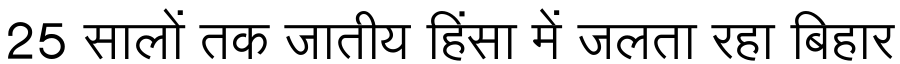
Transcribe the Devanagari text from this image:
25 सालों तक जातीय हिंसा में जलता रहा बिहार